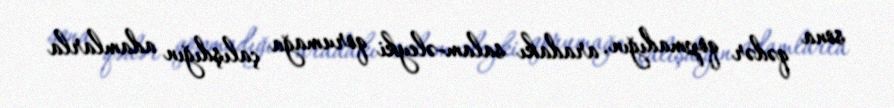
sona qədər qopmadığın, aradakı salam-əleyki qorumağa çalışdığın adamlarla